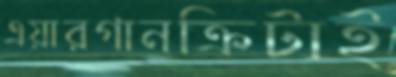
এয়ারগানক্রিটাই